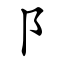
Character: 阝